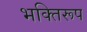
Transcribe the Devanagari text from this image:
भक्तिरूप